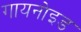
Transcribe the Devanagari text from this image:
गायनोइड